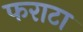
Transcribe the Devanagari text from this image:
फराटा